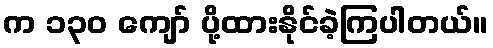
က ၁၃၀ ကျော် ပို့ထားနိုင်ခဲ့ကြပါတယ်။